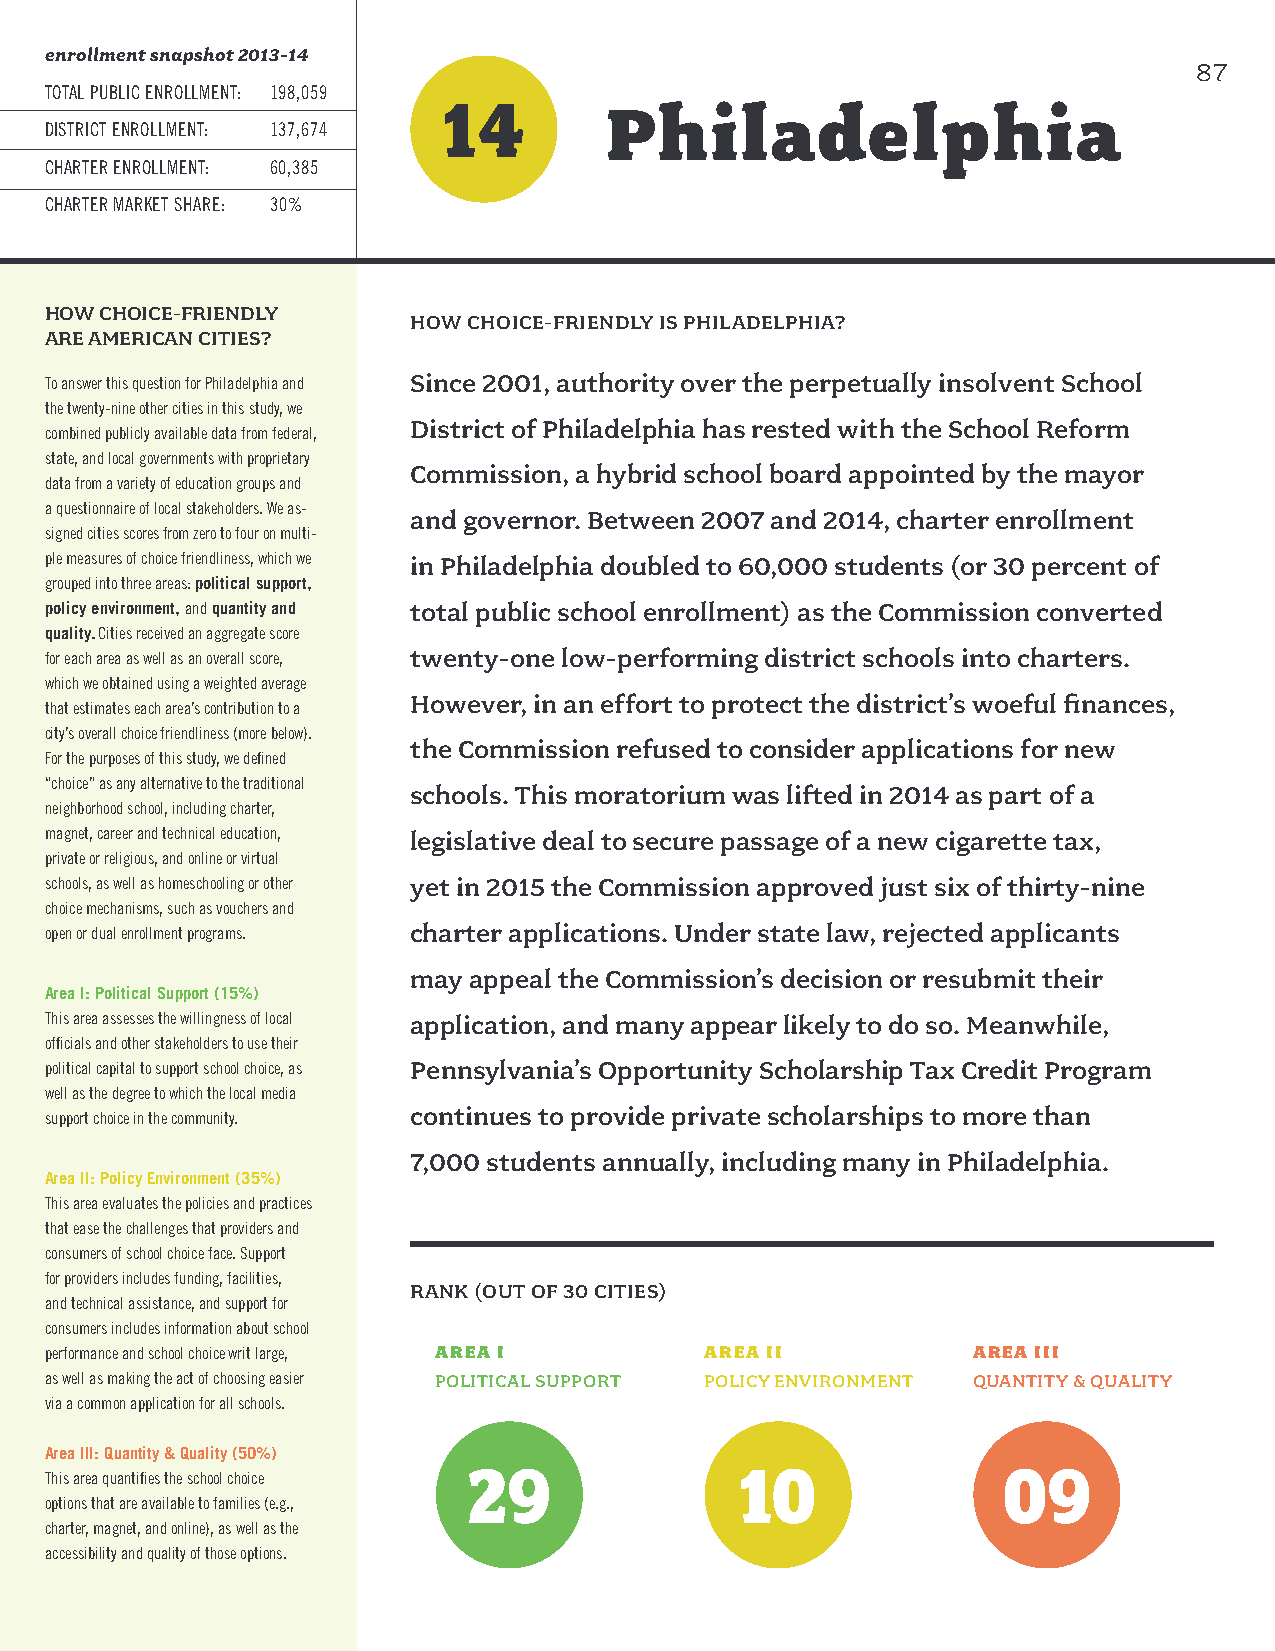
enrollment snapshot 2013-14
 87
 TOTAL PUBLIC ENROLLMENT: 198,059
 14
 Philadelphia
 DISTRICT ENROLLMENT: 137,674
 CHARTER ENROLLMENT: 60,385
 CHARTER MARKET SHARE: 30%
 HOW CHOICE-FRIENDLY
 HOW CHOICE-FRIENDLY IS PHILADELPHIA?
 ARE AMERICAN CITIES?
 To answer this question for Philadelphia and Since 2001, authority over the perpetually insolvent School
 the twenty-nine other cities in this study, we
 District of Philadelphia has rested with the School Reform
 combined publicly available data from federal,
 state, and local governments with proprietary
 Commission, a hybrid school board appointed by the mayor
 data from a variety of education groups and
 a questionnaire of local stakeholders. We as-
 and governor. Between 2007 and 2014, charter enrollment
 signed cities scores from zero to four on multi-
 ple measures of choice friendliness, which we in Philadelphia doubled to 60,000 students (or 30 percent of
 grouped into three areas: political support,
 policy environment, and quantity and total public school enrollment) as the Commission converted
 quality. Cities received an aggregate score
 for each area as well as an overall score, twenty-one low-performing district schools into charters.
 which we obtained using a weighted average
 However, in an effort to protect the district’s woeful finances,
 that estimates each area’s contribution to a
 city’s overall choice friendliness (more below).
 the Commission refused to consider applications for new
 For the purposes of this study, we defined
 “choice” as any alternative to the traditional
 schools. This moratorium was lifted in 2014 as part of a
 neighborhood school, including charter,
 magnet, career and technical education, legislative deal to secure passage of a new cigarette tax,
 private or religious, and online or virtual
 schools, as well as homeschooling or other yet in 2015 the Commission approved just six of thirty-nine
 choice mechanisms, such as vouchers and
 open or dual enrollment programs. charter applications. Under state law, rejected applicants
 may appeal the Commission’s decision or resubmit their
 Area I: Political Support (15%)
 This area assesses the willingness of local application, and many appear likely to do so. Meanwhile,
 officials and other stakeholders to use their
 political capital to support school choice, as Pennsylvania’s Opportunity Scholarship Tax Credit Program
 well as the degree to which the local media
 continues to provide private scholarships to more than
 support choice in the community.
 7,000 students annually, including many in Philadelphia.
 Area II: Policy Environment (35%)
 This area evaluates the policies and practices
 that ease the challenges that providers and
 consumers of school choice face. Support
 for providers includes funding, facilities,
 RANK (OUT OF 30 CITIES)
 and technical assistance, and support for
 consumers includes information about school
 performance and school choice writ large, AREA I AREA II     AREA III
 as well as making the act of choosing easier POLITICAL SUPPORT POLICY ENVIRONMENT QUANTITY & QUALITY
 via a common application for all schools.
 Area III: Quantity & Quality (50%)
 29                10               09
 This area quantifies the school choice
 options that are available to families (e.g.,
 charter, magnet, and online), as well as the
 accessibility and quality of those options.